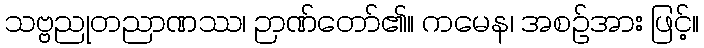
သဗ္ဗညုတညာဏဿ၊ ဉာဏ်တော်၏။ ကမေန၊ အစဉ်အား ဖြင့်။